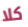
كلا